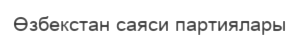
Өзбекстан саяси партиялары